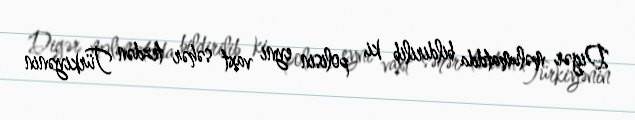
Digər məlumatdda bildirilib ki, polisin eyni vaxt səhər tezdən Türkiyənin